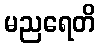
မညရေတိ